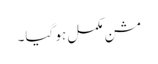
مشن مکمل ہو گیا۔